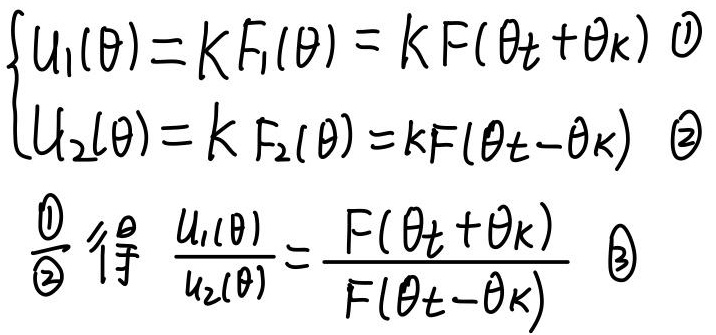
\[
\begin{cases}
u_{1}(\theta)=kF_{1}(\theta)=kF(\theta_{t}+\theta_{k})\quad\text{(1)}\\
u_{2}(\theta)=kF_{2}(\theta)=kF(\theta_{t}-\theta_{k})\quad\text{(2)}
\end{cases}
\]
\(\frac{\text{(1)}}{\text{(2)}}\)得 \(\frac{u_{1}(\theta)}{u_{2}(\theta)}=\frac{F(\theta_{t}+\theta_{k})}{F(\theta_{t}-\theta_{k})}\quad\text{(3)}\)